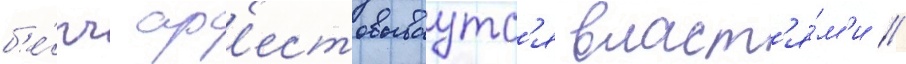
б'е́рч ар'естовываутс'я власт'я́м'и //